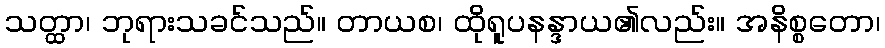
သတ္ထာ၊ ဘုရားသခင်သည်။ တာယစ၊ ထိုရူပနန္ဒာယ၏လည်း။ အနိစ္စတော၊